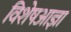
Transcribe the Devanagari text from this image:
विशेषआज्ञा